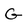
Character: G